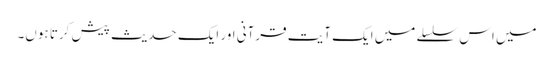
میں اس سلسلے میں ایک آیت قرآنی اور ایک حدیث پیش کرتا ہوں۔